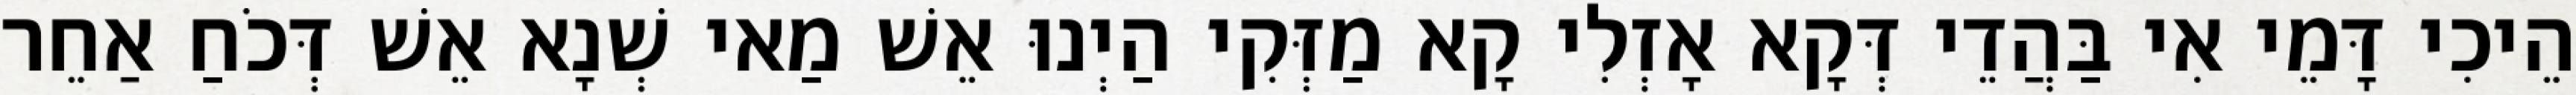
הֵיכִי דָּמֵי אִי בַּהֲדֵי דְּקָא אָזְלִי קָא מַזְּקִי הַיְנוּ אֵשׁ מַאי שְׁנָא אֵשׁ דְּכֹחַ אַחֵר